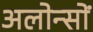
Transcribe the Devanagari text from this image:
अलोन्सों